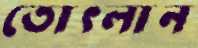
তোৎলান